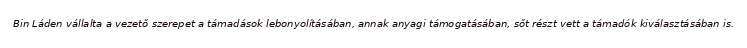
Bin Láden vállalta a vezető szerepet a támadások lebonyolításában, annak anyagi támogatásában, sőt részt vett a támadók kiválasztásában is.